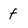
Character: f